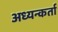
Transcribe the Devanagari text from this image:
अध्यन्कर्ता